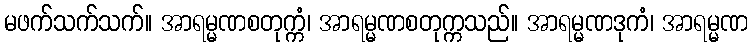
မဖက်သက်သက်။ အာရမ္မဏစတုက္ကံ၊ အာရမ္မဏစတုက္ကသည်။ အာရမ္မဏဒုကံ၊ အာရမ္မဏ